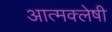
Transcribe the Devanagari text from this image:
आत्मक्लेषी